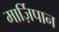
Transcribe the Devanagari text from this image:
मार्ज़िपान